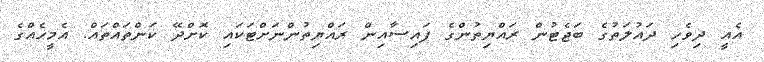
އެއީ ދިވެހި ދައުލަތުގެ ބަޖެޓުން ރައްޔިތުންގެ ފައިސާއިން ރައްޔިތުންނަށްޓަކައި ކޮށްދޭ ކަންތައްތައް. އެމީހެއްގެ